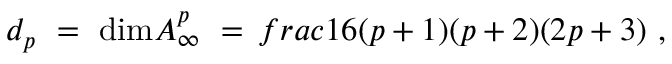
d _ { p } \ = \ \mathrm { d i m } { \cal A } _ { \infty } ^ { p } \ = \, f r a c { 1 } { 6 } ( p + 1 ) ( p + 2 ) ( 2 p + 3 ) \ ,